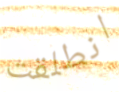
انطلقت